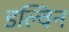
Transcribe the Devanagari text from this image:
डल्विन